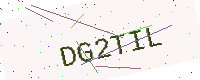
Text: DG2TIL